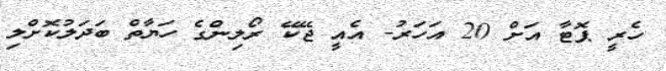
ހެރީ ޕޮޓާ އަށް 20 އަހަރު- އެއީ ޖޭކޭ ރޯލިންގެ ހަޔާތް ބަދަލުކޮށްލި